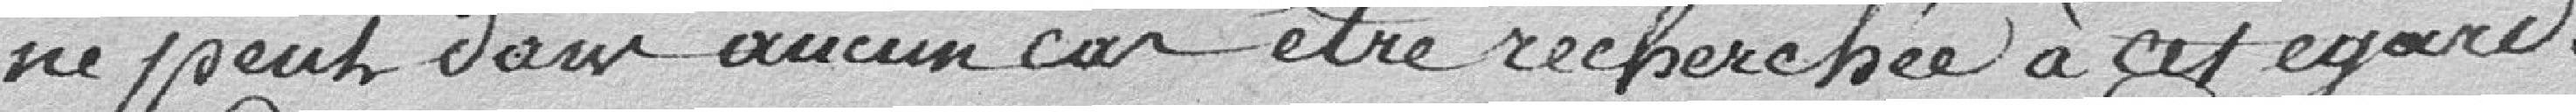
ne peut dans aucun cas être recherchée à cet égard.